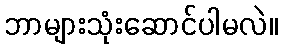
ဘာများသုံးဆောင်ပါမလဲ။